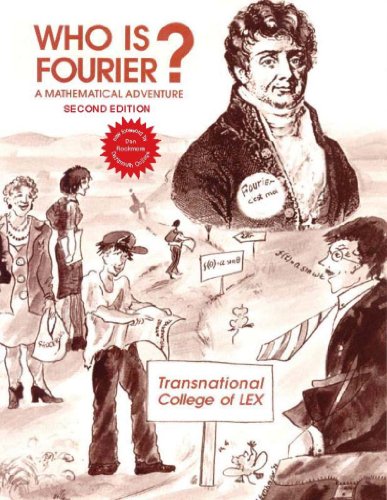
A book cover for Who Is Fourier? A Mathematical Adventure 2nd Edition; Transnational College of Lex; Science & Math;